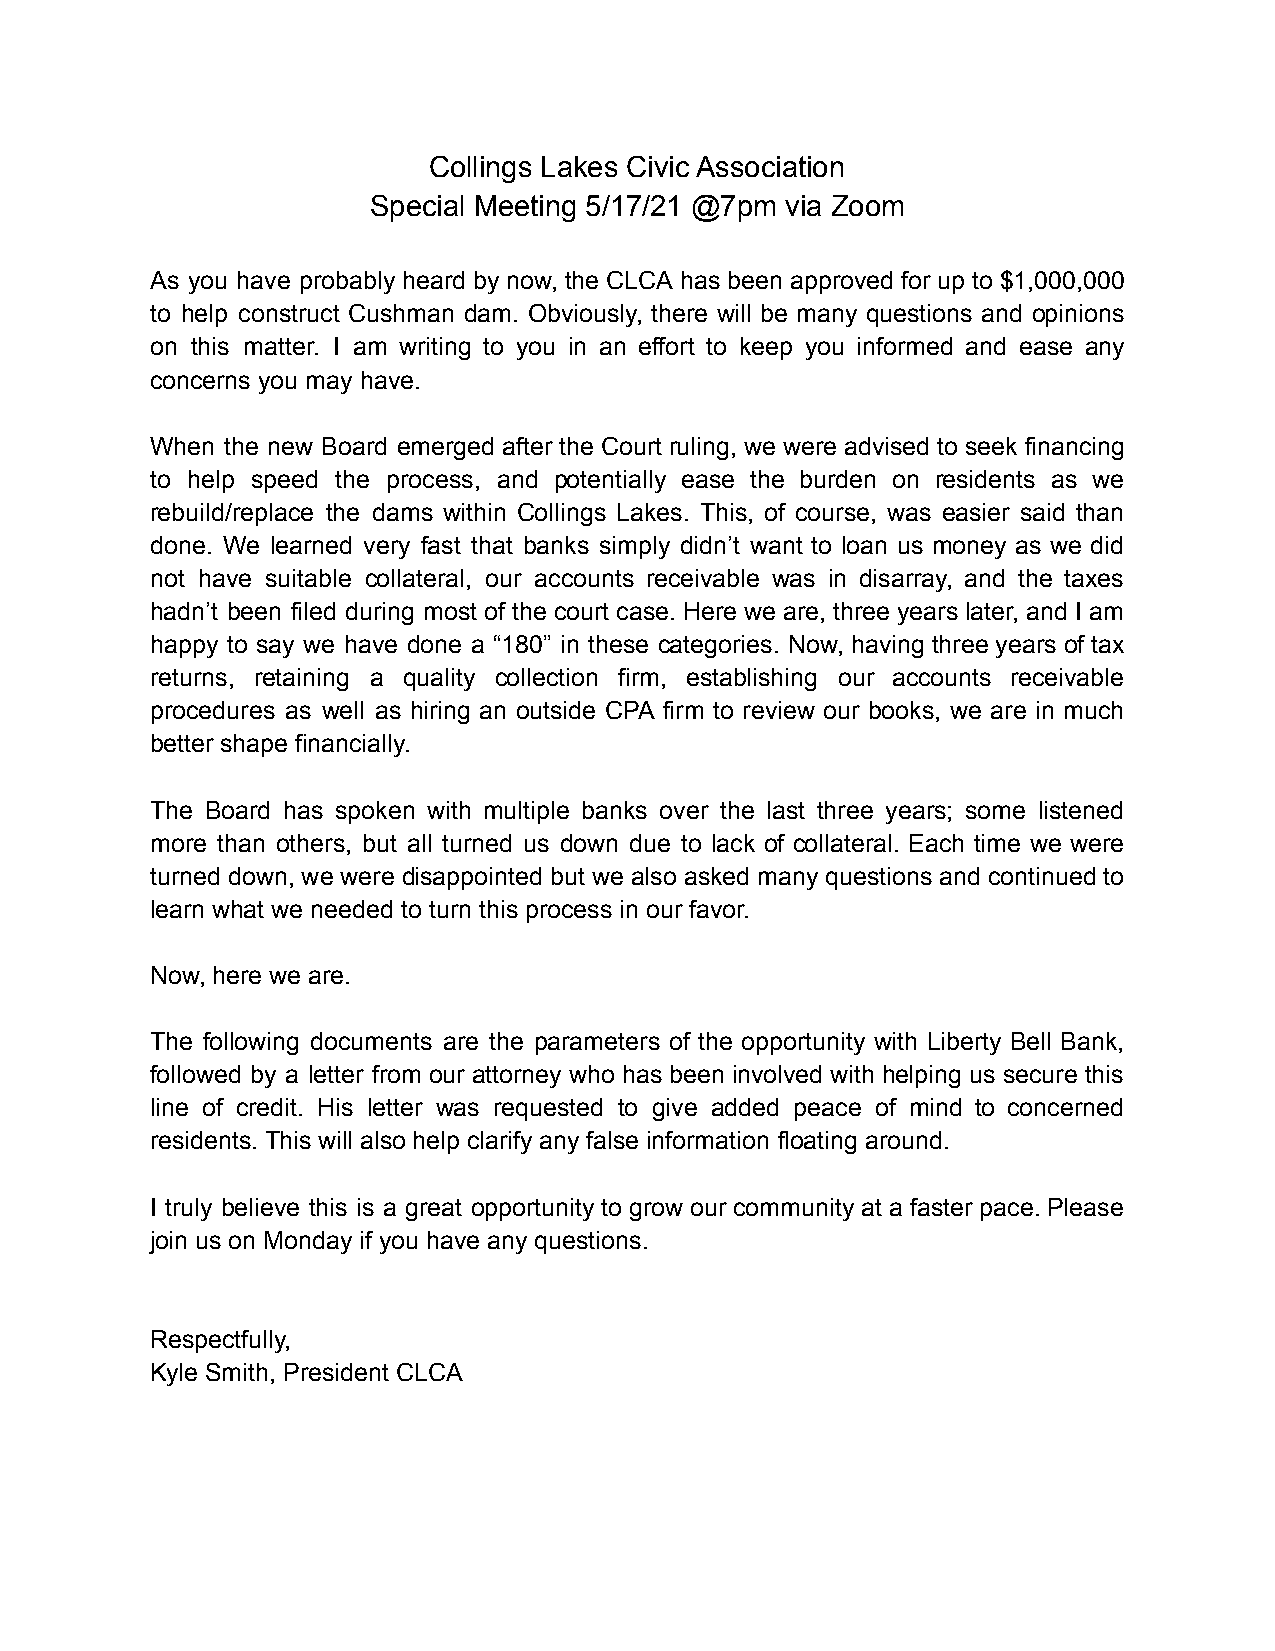
Collings Lakes Civic Association
 Special Meeting 5/17/21 @7pm via Zoom
 As you have probably heard by now, the CLCA has been approved for up to $1,000,000
 to help construct Cushman dam. Obviously, there will be many questions and opinions
 on this matter. I am writing to you in an effort to keep you informed and ease any
 concerns you may have.
 When the new Board emerged after the Court ruling, we were advised to seek financing
 to help speed the process, and potentially ease the burden on residents as we
 rebuild/replace the dams within Collings Lakes. This, of course, was easier said than
 done. We learned very fast that banks simply didn’t want to loan us money as we did
 not have suitable collateral, our accounts receivable was in disarray, and the taxes
 hadn’t been filed during most of the court case. Here we are, three years later, and I am
 happy to say we have done a “180” in these categories. Now, having three years of tax
 returns, retaining a quality collection firm, establishing our accounts receivable
 procedures as well as hiring an outside CPA firm to review our books, we are in much
 better shape financially.
 The Board has spoken with multiple banks over the last three years; some listened
 more than others, but all turned us down due to lack of collateral. Each time we were
 turned down, we were disappointed but we also asked many questions and continued to
 learn what we needed to turn this process in our favor.
 Now, here we are.
 The following documents are the parameters of the opportunity with Liberty Bell Bank,
 followed by a letter from our attorney who has been involved with helping us secure this
 line of credit. His letter was requested to give added peace of mind to concerned
 residents. This will also help clarify any false information floating around.
 I truly believe this is a great opportunity to grow our community at a faster pace. Please
 join us on Monday if you have any questions.
 Respectfully,
 Kyle Smith, President CLCA